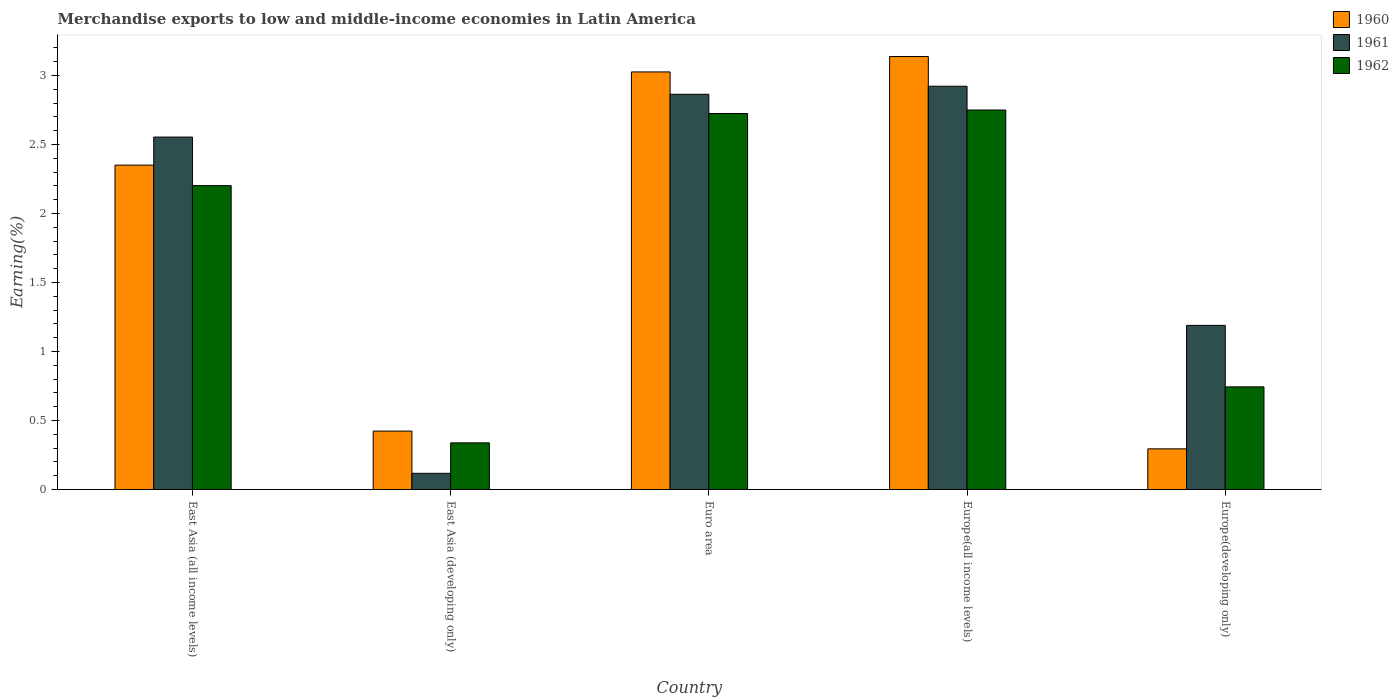
| Country | 1960 | 1961 | 1962 |
 | --- | --- | --- | --- |
 | East Asia (all income levels) | 2.35 | 2.55 | 2.2 |
 | East Asia (developing only) | 0.423 | 0.117 | 0.338 |
 | Euro area | 3.03 | 2.86 | 2.72 |
 | Europe(all income levels) | 3.14 | 2.92 | 2.75 |
 | Europe(developing only) | 0.295 | 1.19 | 0.744 |